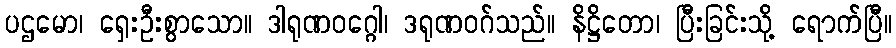
ပဌမော၊ ရှေးဦးစွာသော။ ဒါရုဏဝဂ္ဂေါ၊ ဒရုဏဝဂ်သည်။ နိဋ္ဌိတော၊ ပြီးခြင်းသို့ ရောက်ပြီ။